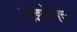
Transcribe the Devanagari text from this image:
डाइनेमिच